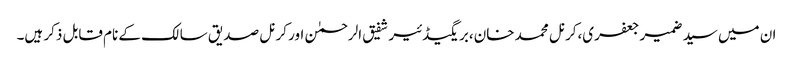
ان میں سید ضمیر جعفری،کرنل محمد خان،بریگیڈئیر شفیق الرحمٰن اور کرنل صدیق سالک کے نام قابل ذکر ہیں۔